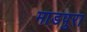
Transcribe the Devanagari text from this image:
माडपुरा